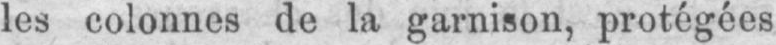
les colonnes de la garnison, protégées